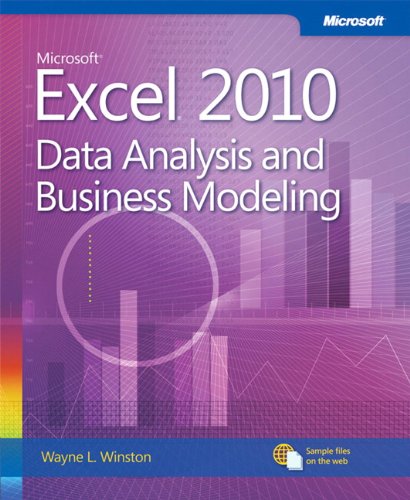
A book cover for Microsoft Excel 2010 Data Analysis and Business Modeling (Business Skills); Wayne Winston; Computers & Technology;